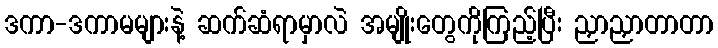
ဒကာ-ဒကာမများနဲ့ ဆက်ဆံရာမှာလဲ အမျိုးတွေကိုကြည့်ပြီး ညှာညှာတာတာ